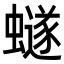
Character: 𮕆